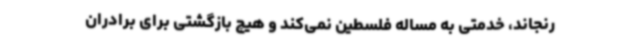
‌رنجاند، خدمتی به مساله فلسطین نمی‌کند و هیچ بازگشتی برای برادران